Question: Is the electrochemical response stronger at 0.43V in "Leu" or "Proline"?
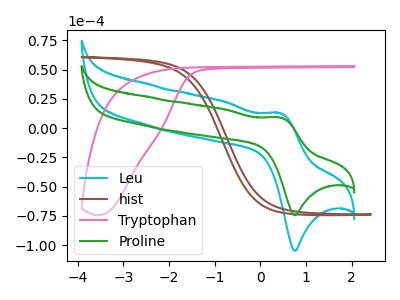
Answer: <think>The cyan curve "Leu" has an anodic peak at (0.45V, 12.85uA) and a cathodic peak at (0.75V, -104.80uA). The brown curve "hist" has no peaks. The pink curve "Tryptophan" has no peaks. The green curve "Proline" has an anodic peak at (0.45V, 9.15uA) and a cathodic peak at (0.75V, -74.40uA).</think>
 <answer>The peak at 0.43V is higher in "Leu" than in "Proline".</answer>
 <eval>higher</eval>